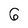
Character: 6